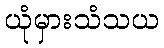
ယုံမှားသံသယ